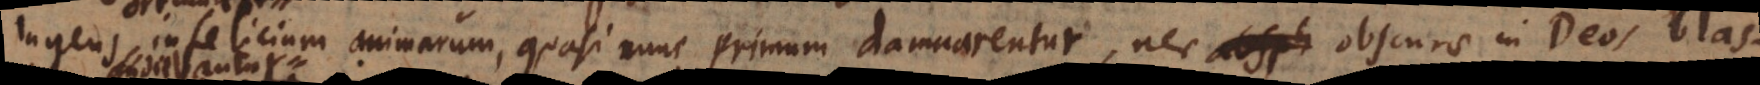
ingens infelicium animarum, quasi nunc primum damnarentur, nec absph obscurae in Deos blas